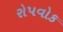
રોપવોક